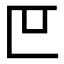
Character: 𫧋